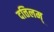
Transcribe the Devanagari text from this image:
दत्तिलम्‌